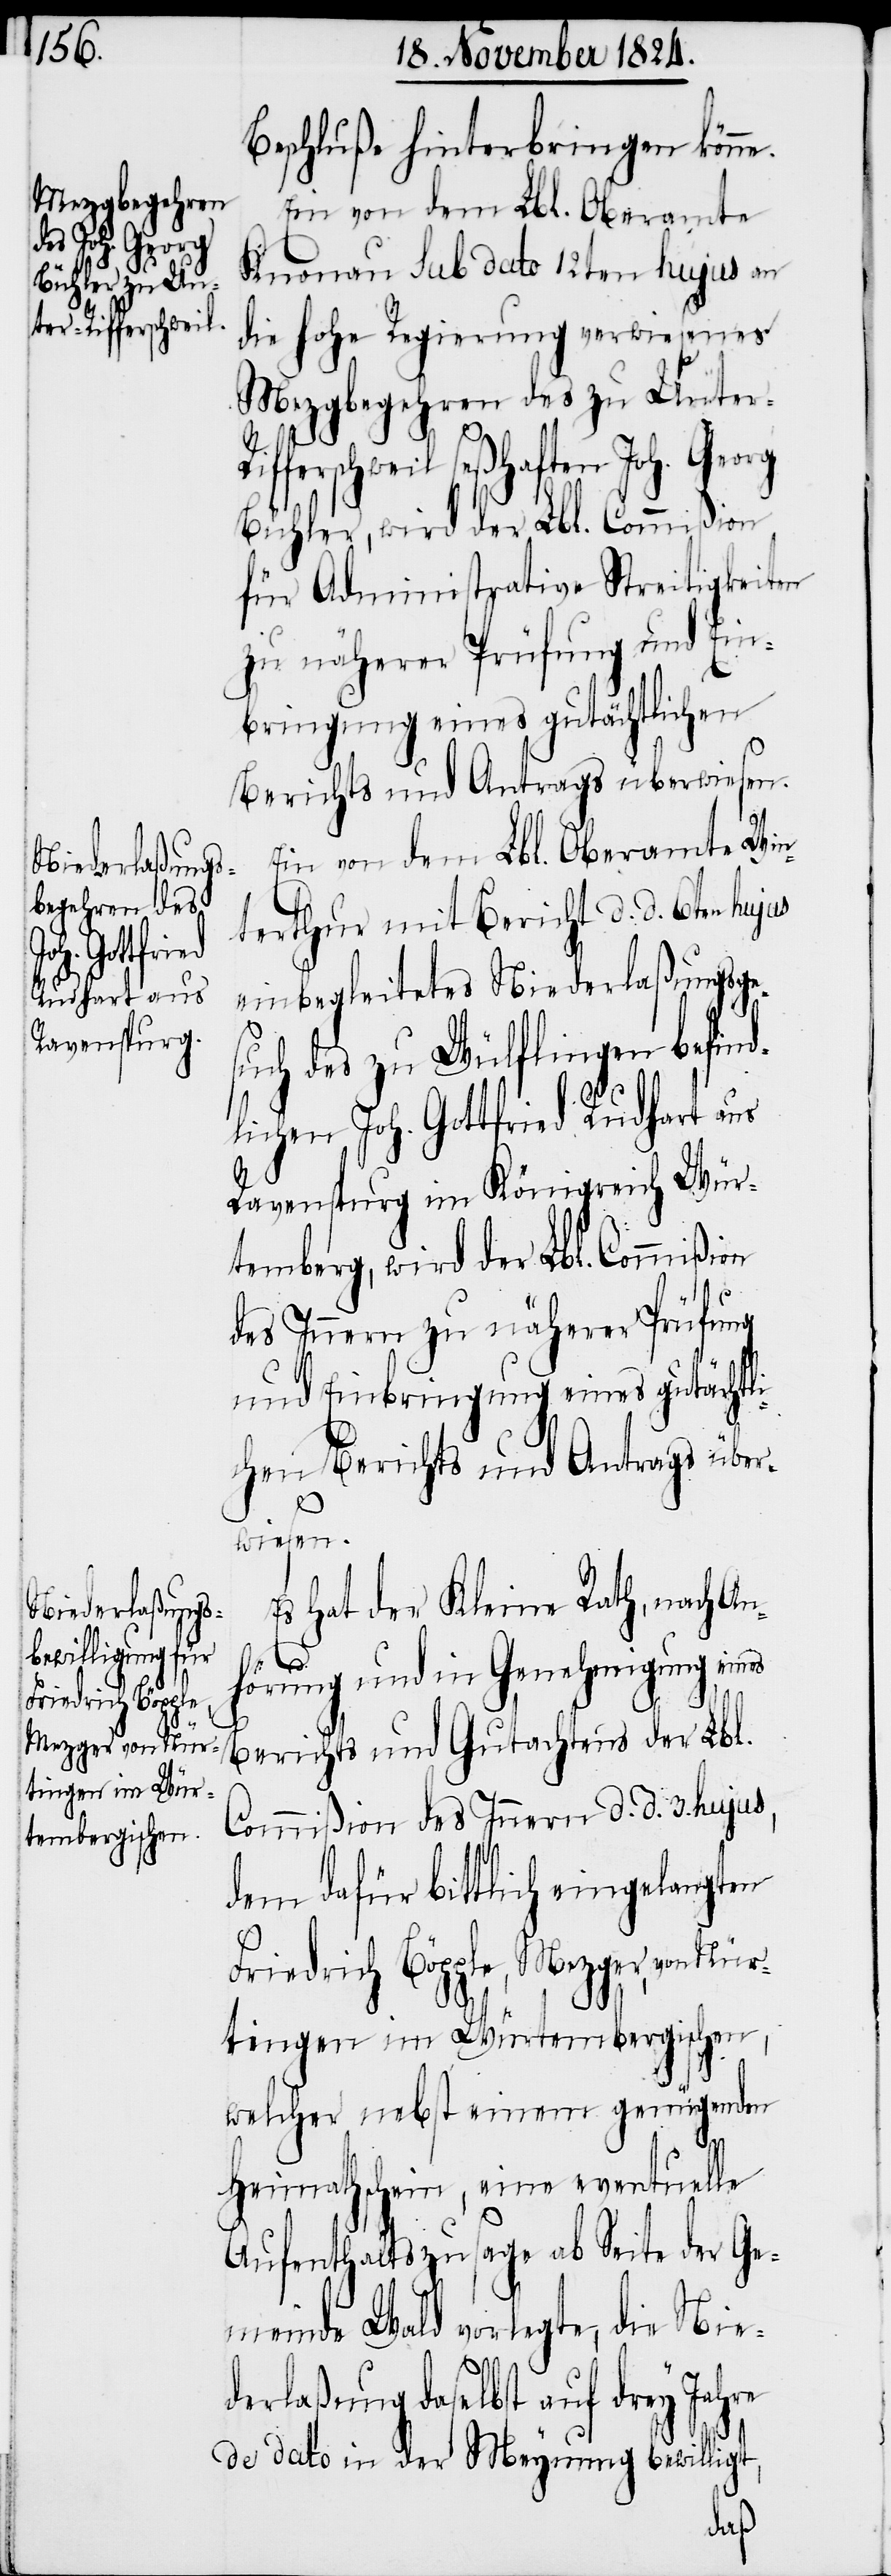
ter-Rifferschweil
Friedrich Böpple,
Mezger, von Nür¬
tingen im Wür¬
tembergischen,

Beschluße hinterbringen könne.
Ein von dem Lbl. Oberamt
Knonau sub dato 12ten hujus an
die hohe Regierung verwiesenes
Mezgbegehren des zu Un¬
seßhaften Joh. Georg
Bühler, wird der Lbl. Commißion
für Administrative Streitigkeiten
zu näherer Prüfung und Ein¬
bringung eines gutächtlichen
Berichts und Antrags überwiesen.
Ein von dem Lbl. Oberamte Win¬
terthur mit Bericht d. d. 6ten hujus
einbegleitetes Niederlaßungsge¬
such des zu Wülflingen befind¬
lichen Joh. Gottfried Rudhart aus
Ravenspurg im Königreich Wür¬
temberg, wird der Lbl. Commißion
des Innern zu näherer Prüfung
und Einbringung eines gutächtl¬
ichen Berichts und Antrags über¬
wiesen.
Es hat der Kleine Rath, nach An¬
hörung und in Genehmigung eines
Berichts und Gutachtens der Lbl.
Commißion des Innern d. d. 3. hujus,
dem dafür bittlich eingelangten
welcher nebst einem genügenden
Heimathschein, eine eventuelle
Aufenthaltszusage ab Seite der Ge¬
meinde Wald vorlegte, die Nie¬
derlaßung daselbst auf drey Jahre
da dato in der Meynung bewilligt,